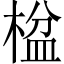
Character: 𬃠